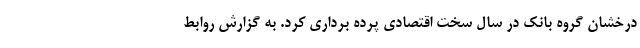
درخشان گروه بانک در سال سخت اقتصادی پرده برداری کرد. به گزارش روابط